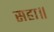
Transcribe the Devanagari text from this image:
सहा॥